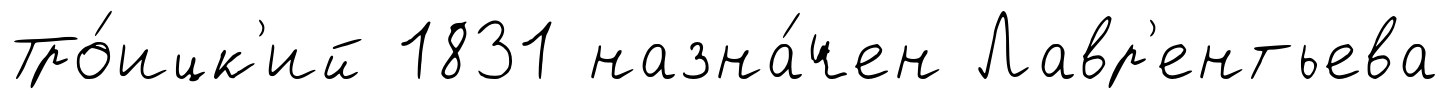
Тро́ицк'ий 1831 назна́чен Лавр'ентьева